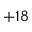
+ 1 8